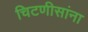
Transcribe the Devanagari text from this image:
चिटणीसांना